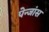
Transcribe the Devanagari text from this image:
पेन्जांस